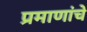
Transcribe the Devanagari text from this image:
प्रमाणांचे